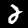
Label: 2